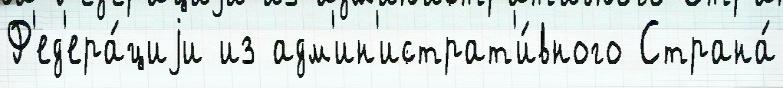
Ф'ед'ера́циjи из адм'ин'истрат'и́вного Страна́